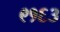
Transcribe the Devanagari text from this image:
९१६३